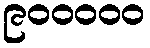
၉၀၀၀၀၀